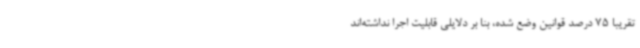
تقریبا 75 درصد قوانین وضع شده، بنا بر دلایلی قابلیت اجرا نداشته‌اند